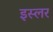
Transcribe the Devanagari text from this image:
इस्लर